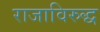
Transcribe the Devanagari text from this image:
राजाविरुद्ध